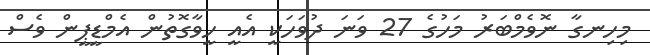
މިހިނގާ ނޮވެމްބަރު މަހުގެ 27 ވަނަ ދުވަހަކީ އެއީ ހީވާގޮތުން އެމްޑީޕީން ވެސް